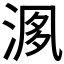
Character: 𣶘